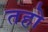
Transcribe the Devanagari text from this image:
तहो